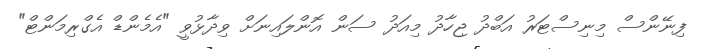
ފިނޭންސް މިނިސްޓަރު އަބްދު ޖިހާދު މިއަދު ސަން އޮންލައިނަށް ވިދާޅުވީ "އެމެންޑް އެގްރިމަންޓް"